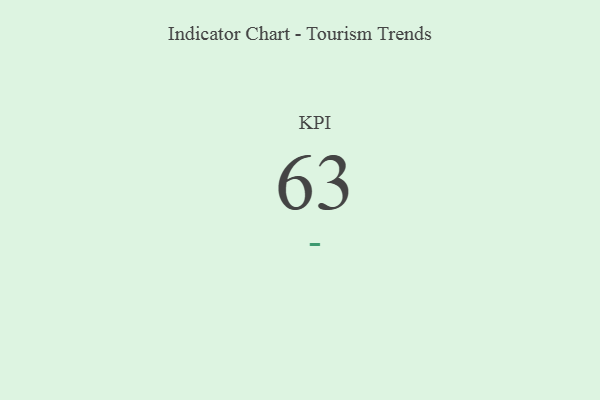
{"axis": {"x": "KPI", "y": "Value"}, "legend": [""], "data": [{"x": "KPI", "y": 63, "type": ""}]}